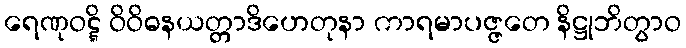
ရေဏုဝဋ္ဋိ ဝိဝိဓနယတ္တာဒိဟေတုနာ ကာရမာပဇ္ဇတေ နိဋ္ဌုဘိတွာဝ